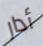
أدار